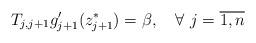
LaTeX: \begin{align*} T_{j,j+1}g_{j+1}^{\prime }(z_{j+1}^\ast)=\beta,\quad\forall~j=\overline{1,n}\end{align*}